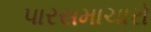
પારસમાચારો